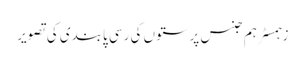
زہمسٹر ہم جنس پرستوں کی رسی پابندی کی تصویر